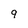
Character: 9